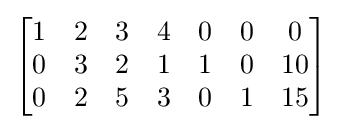
{\begin{bmatrix}1&2&3&4&0&0&0\\0&3&2&1&1&0&10\\0&2&5&3&0&1&15\end{bmatrix}}